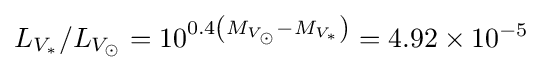
L_{V_{\ast }}/L_{V_{\odot }}=10^{0.4\left(M_{V_{\odot }}-M_{V_{\ast }}\right)}=4.92\times 10^{-5}